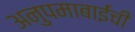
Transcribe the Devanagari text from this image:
अनुपमाबाईंची